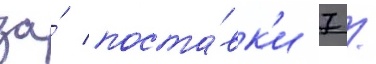
за́ поста́вк'и 7 /